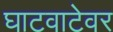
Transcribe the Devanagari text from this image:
घाटवाटेवर